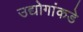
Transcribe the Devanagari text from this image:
उद्योगांकडे